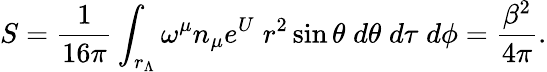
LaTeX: S={\frac{1}{16\pi}}\int_{r_{\Lambda}}\omega^{\mu}n_{\mu}e^{U}\; r^{2}\sin{\theta}\; d\theta\; d\tau\; d\phi=\frac{\beta^{2}}{4\pi}.